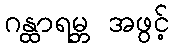
ဂန္ထာရမ္ဘ အဖွင့်